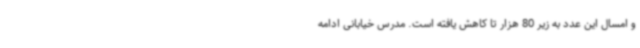
و امسال این عدد به زیر 80 هزار تا کاهش یافته است. مدرس خیابانی ادامه